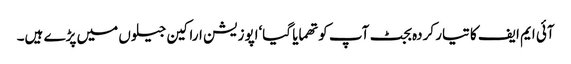
آئی ایم ایف کا تیار کردہ بجٹ آپ کو تھمایا گیا‘اپوزیشن اراکین جیلوں میں پڑے ہیں۔